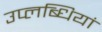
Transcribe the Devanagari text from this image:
उप्लब्धियां